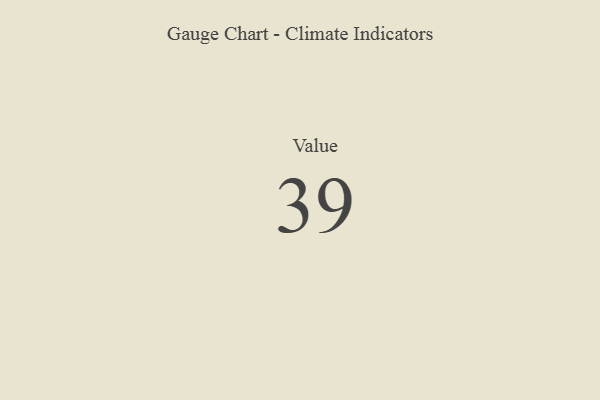
{"axis": {"x": "Metric", "y": "Value"}, "legend": [""], "data": [{"x": "Value", "y": 39, "type": ""}]}